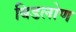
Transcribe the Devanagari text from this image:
बिडलोण